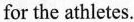
for the athletes.